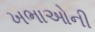
ખભાઓની